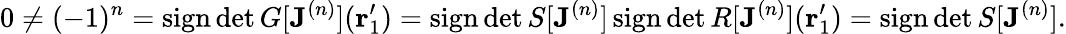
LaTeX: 0\neq(-1)^{n}=\operatorname{sign}\det G[\mathbf{J}^{(n)}](\mathbf{r}_{1}^{\prime})=\operatorname{sign}\det S[\mathbf{J}^{(n)}]\operatorname{sign}\det R[\mathbf{J}^{(n)}](\mathbf{r}_{1}^{\prime})=\operatorname{sign}\det S[\mathbf{J}^{(n)}].